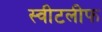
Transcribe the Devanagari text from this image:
स्वीटलीफ